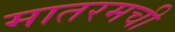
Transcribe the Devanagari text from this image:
मातरमची